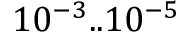
1 0 ^ { - 3 } . . 1 0 ^ { - 5 }